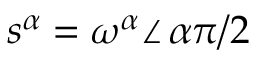
s ^ { \alpha } = \omega ^ { \alpha } \angle \, \alpha \pi / 2